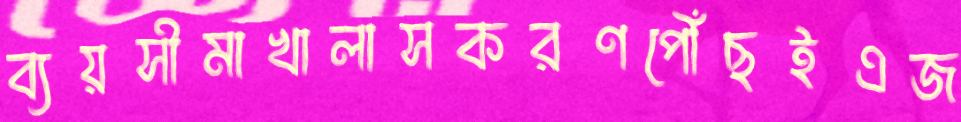
ব্যয়সীমাখালাসকরণপৌঁছইএজ